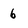
Character: 6